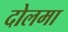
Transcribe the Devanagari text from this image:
दोलमा